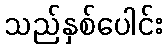
သည်နှစ်ပေါင်း